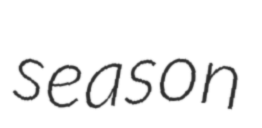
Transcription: season